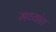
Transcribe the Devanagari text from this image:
मध्यांत